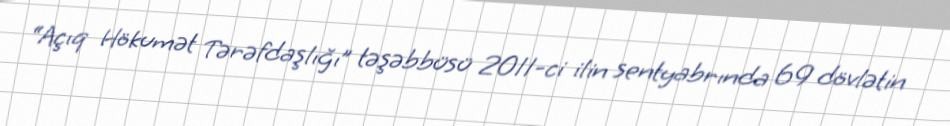
“Açıq Hökumət Tərəfdaşlığı” təşəbbüsü 2011-ci ilin sentyabrında 69 dövlətin